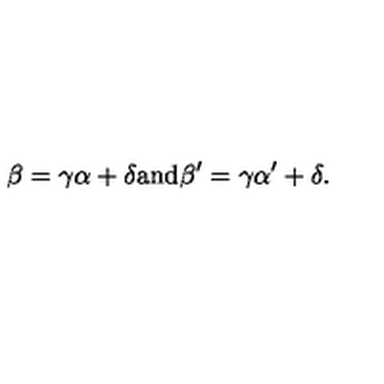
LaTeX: \beta = \gamma \alpha + \delta \mathrm { a n d } \beta ^ { \prime } = \gamma \alpha ^ { \prime } + \delta .